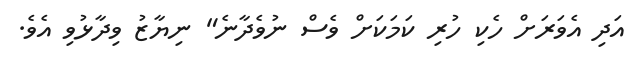
އަދި އެވަރަށް ހެކި ހުރި ކަމަކަށް ވެސް ނުވެދާނެ" ނިޔާޒު ވިދާޅުވި އެވެ.